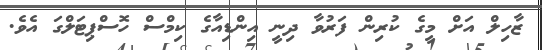
ޒާހިލް އަށް މީގެ ކުރިން ފަރުވާ ދިނީ އިންޑިއާގެ ކިމްސް ހޮސްޕިޓަލްގަ އެވެ.